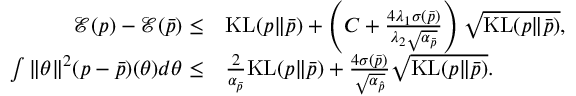
\begin{array} { r l } { \mathcal { E } ( p ) - \mathcal { E } ( \Bar { p } ) \leq } & { \mathrm { K L } ( p \| \Bar { p } ) + \left( C + \frac { 4 \lambda _ { 1 } \sigma ( \Bar { p } ) } { \lambda _ { 2 } \sqrt { \alpha _ { \Bar { p } } } } \right) \sqrt { \mathrm { K L } ( p \| \Bar { p } ) } , } \\ { \int \| \theta \| ^ { 2 } ( p - \Bar { p } ) ( \theta ) d \theta \leq } & { \frac { 2 } { \alpha _ { \Bar { p } } } \mathrm { K L } ( p \| \Bar { p } ) + \frac { 4 \sigma ( \Bar { p } ) } { \sqrt { \alpha _ { \hat { p } } } } \sqrt { \mathrm { K L } ( p \| \Bar { p } ) } . } \end{array}